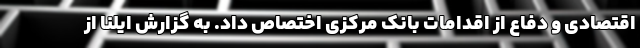
اقتصادی و دفاع از اقدامات بانک مرکزی اختصاص داد. به گزارش ایلنا از